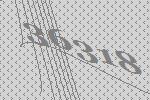
36318